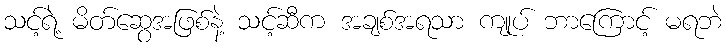
သင့်ရဲ့ မိတ်ဆွေအဖြစ်နဲ့ သင့်ဆီက အချစ်အရသာ ကျုပ် ဘာကြောင့် မရဘဲ